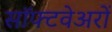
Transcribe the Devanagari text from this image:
सॉफ्टवेअरों